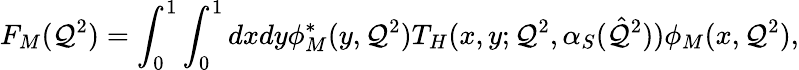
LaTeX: F_{M}(\mathcal{Q}^{2})=\int_{0}^{1}\int_{0}^{1}dxdy\phi_{M}^{*}(y,\mathcal{Q}^{2})T_{H}(x,y;\mathcal{Q}^{2},\alpha_{S}(\hat{{\mathcal{Q}}}^{2}))\phi_{M}(x,\mathcal{Q}^{2}),